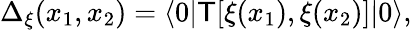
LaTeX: \Delta_{\xi}(x_{1},x_{2})=\langle 0|{\sf T}[\xi(x_{1}),\xi(x_{2})]|0\rangle,